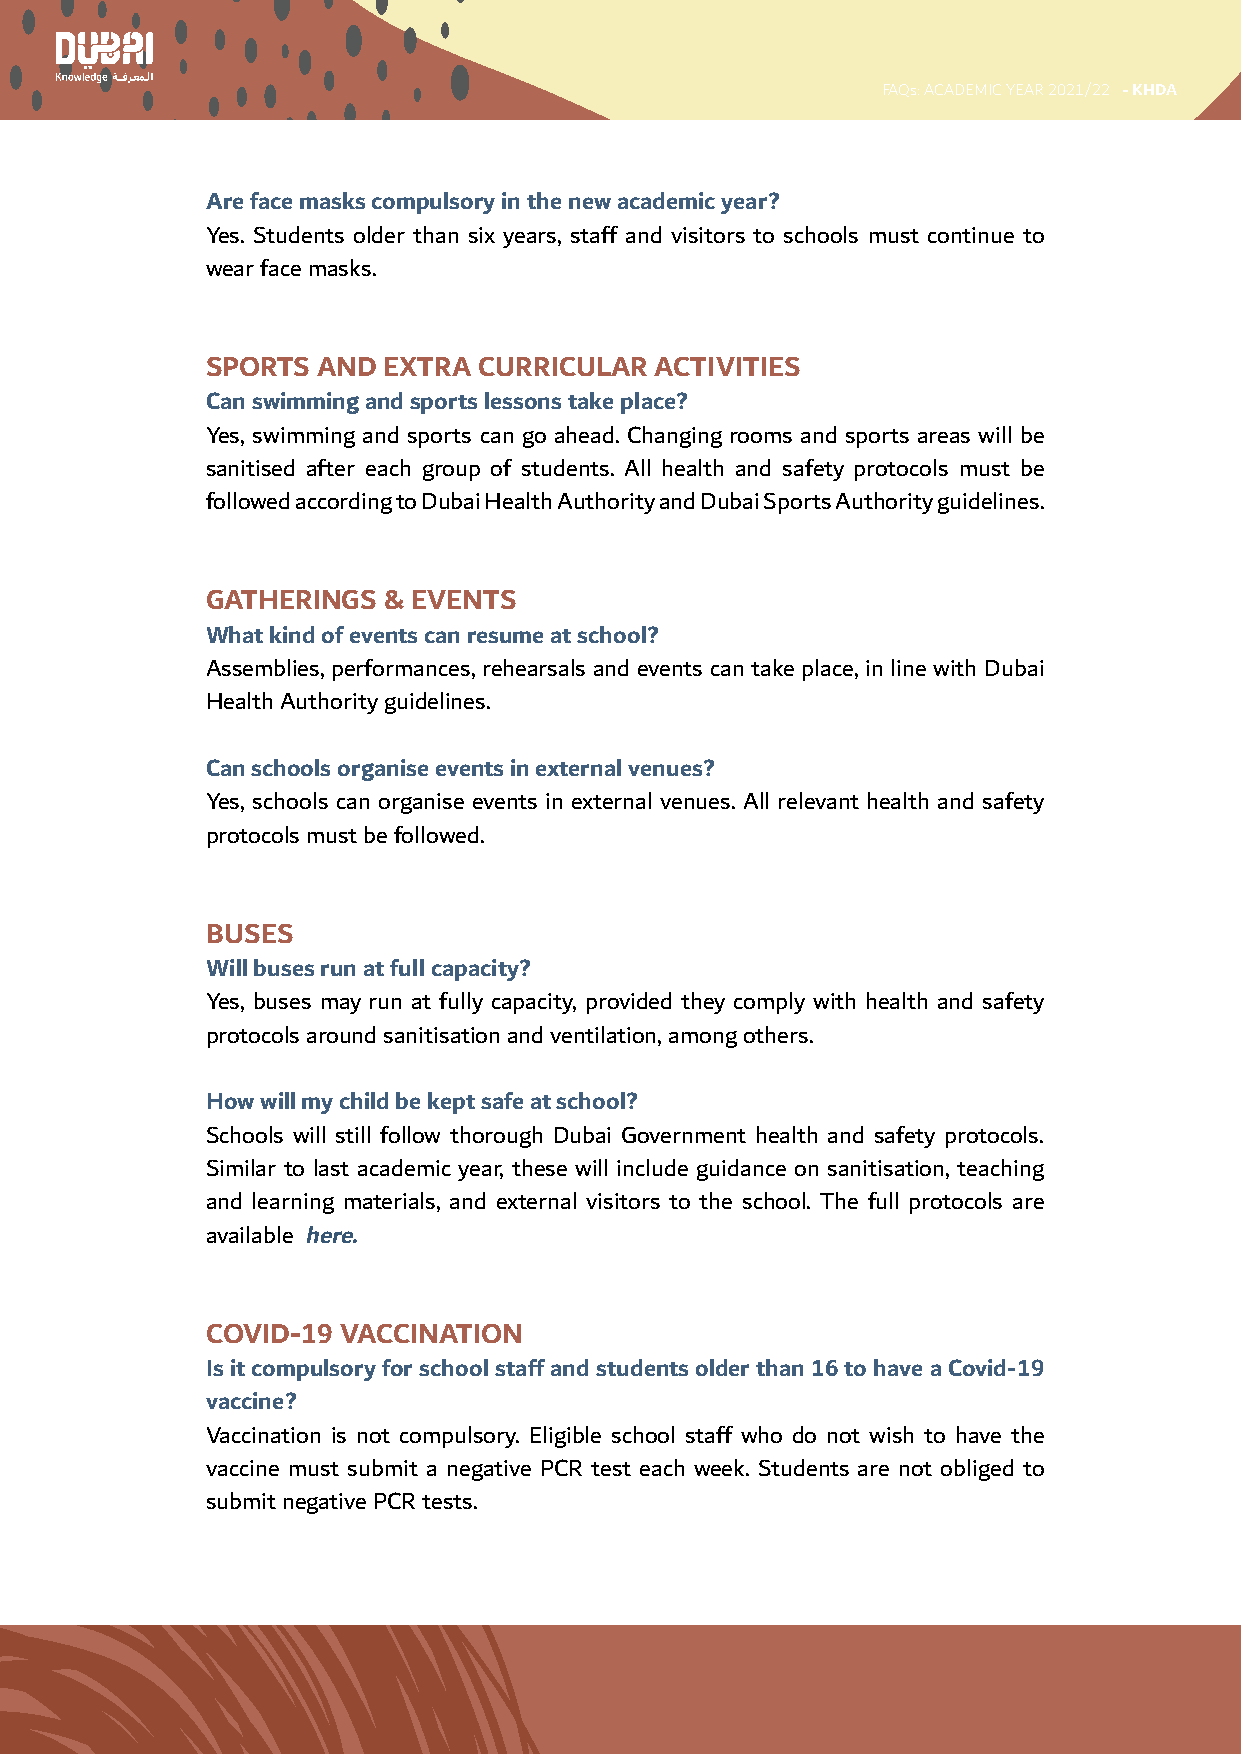
FAQs: ACADEMIC YEAR 2021/22 - KHDA
 Are face masks compulsory in the new academic year?
 Yes. Students older than six years, staff and visitors to schools must continue to
 wear face masks.
 SPORTS AND EXTRA  CURRICULAR ACTIVITIES
 Can swimming and sports lessons take place?
 Yes, swimming and sports can go ahead. Changing rooms and sports areas will be
 sanitised after each group of students. All health and safety protocols must be
 followed according to Dubai Health Authority and Dubai Sports Authority guidelines.
 GATHERINGS & EVENTS
 What kind of events can resume at school?
 Assemblies, performances, rehearsals and events can take place, in line with Dubai
 Health Authority guidelines.
 Can schools organise events in external venues?
 Yes, schools can organise events in external venues. All relevant health and safety
 protocols must be followed.
 BUSES
 Will buses run at full capacity?
 Yes, buses may run at fully capacity, provided they comply with health and safety
 protocols around sanitisation and ventilation, among others.
 How will my child be kept safe at school?
 Schools will still follow thorough Dubai Government health and safety protocols.
 Similar to last academic year, these will include guidance on sanitisation, teaching
 and learning materials, and external visitors to the school. The full protocols are
 available here.
 COVID-19 VACCINATION
 Is it compulsory for school staff and students older than 16 to have a Covid-19
 vaccine?
 Vaccination is not compulsory. Eligible school staff who do not wish to have the
 vaccine must submit a negative PCR test each week. Students are not obliged to
 submit negative PCR tests.